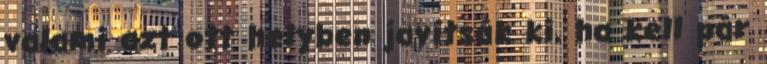
valami azt ott helyben javítsák ki, ha kell pár